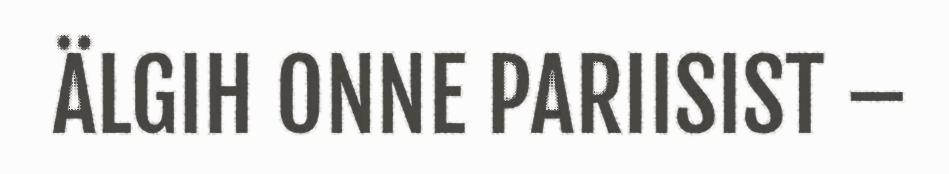
ÄLGIH ONNE PARIISIST –